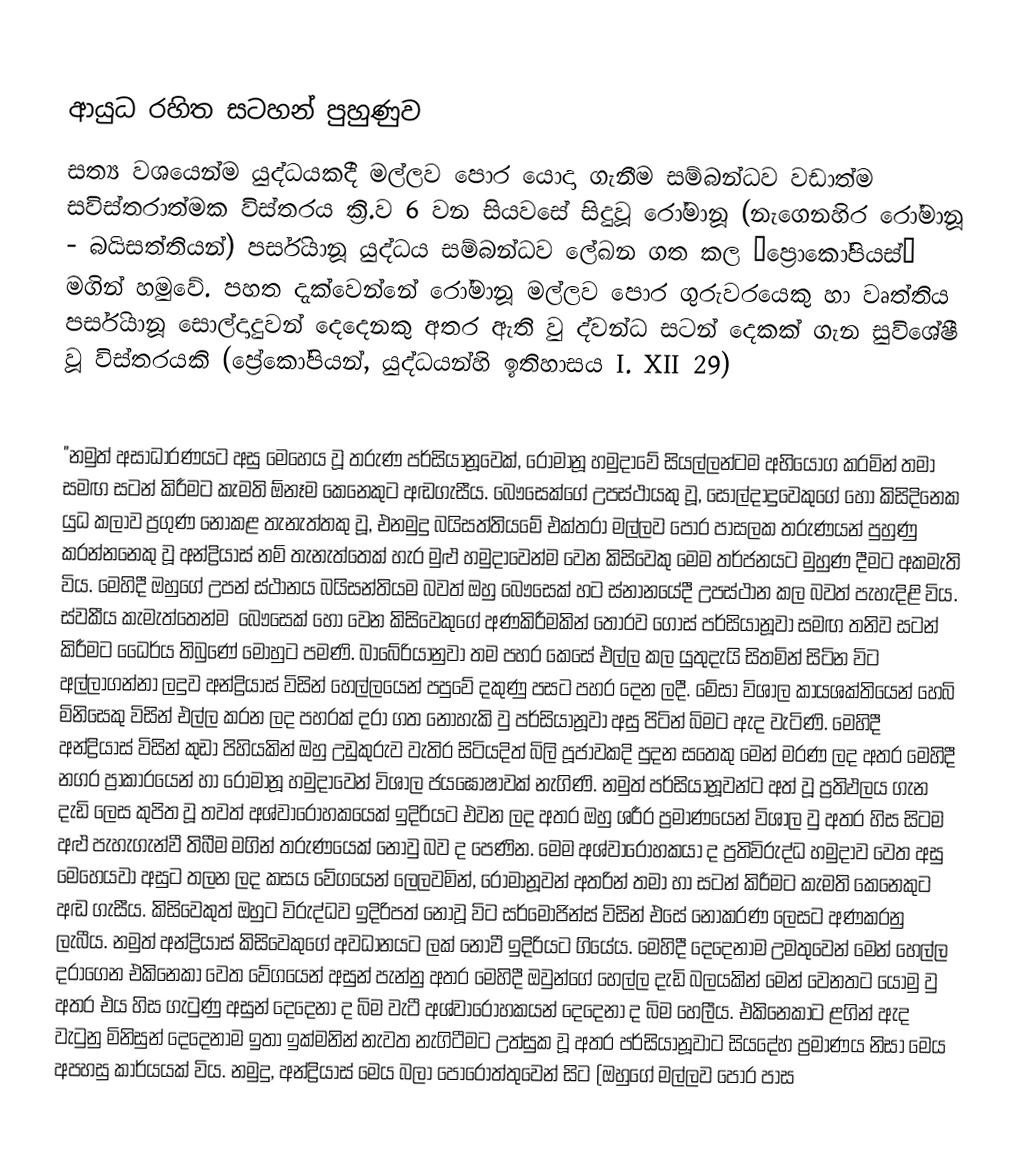

ආයුධ රහිත සටහන් පුහුණුව
සත්‍ය වශයෙන්ම යුද්ධයකදී මල්ලව පොර යොදා ගැනීම සම්බන්ධව වඩාත්ම සවිස්තරාත්මක විස්තරය ක්‍රි.ව 6 වන සියවසේ සිදුවූ රෝමානූ (නැගෙනහිර රෝමානූ - බයිසත්තියන්) පර්සියානූ යුද්ධය සම්බන්ධව ලේඛන ගත කල ‘ප්‍රොකෝපියස්’ මගින් හමුවේ. පහත දැක්වෙන්නේ රෝමානූ මල්ලව පොර ගුරුවරයෙකු හා වෘත්තිය ‍පර්සියානූ සොල්දාදුවන් දෙදෙනකු අතර ඇති වු ද්වන්ධ සටන් දෙකක් ගැන සුවිශේෂී වූ විස්තරයකි (ප්‍රේකෝපියන්, යුද්ධ‍යන්හි ඉතිහාසය I. XII 29)

"නමුත් අසාධාරණයට අසු මෙහෙය වූ තරුණ පර්සියානූවෙක්, රෝමානූ හමුදාවේ සියල්ලන්ටම අභියෝග කරමින් තමා සමඟ සටන් කිරීමට කැමති ඕනෑම කෙනෙකුට අඬගැසීය. බෞසෙක්ගේ උපස්ථායකු වූ, සොල්දාදුවෙකුගේ හෝ කිසිදිනෙක යුධ කලාව ප්‍රගුණ නොකළ තැනැත්තකු වූ, එනමුදු බයි‍සත්තිය‍මේ එක්තරා මල්ලව පොර පාසලක තරුණයන් පුහුණු කරන්නනෙකු වූ අන්ද්‍රියාස් නම් තැනැත්තෙක් හැර මුළු හමුදාවෙන්ම වෙන කිසිවෙකු මෙම තර්ජනයට මුහුණ දීමට අකමැති විය. මෙහිදී ඔහුගේ උපන් ස්ථානය බයිසන්තියම බවත් ඔහු බෞසෙක් හට ස්නානයේදී උපස්ථාන කල බවත් පැහැදිළි විය. ස්වකීය කැමැත්තෙන්ම ‍ බෞසෙක් හෝ වෙන කිසිවෙකුගේ අණකිරීමකින් තොරව ගොස් පර්සියානූවා සමඟ තනිව සටන් කිරීමට ධෛර්ය තිබුණේ මොහුට පමණි. බාබේරියානුවා තම පහර කෙසේ එල්ල කල යුතුදැයි සිතමින් සිටින විට අල්ලාගන්නා ලදුව අන්ද්‍රියාස් විසින් හෙල්‍ලයෙන් පපුවේ දකුණු පසට පහර දෙන ලදී. මේසා විශාල කායශක්තියෙන් හෙබි මිනිසෙකු විසින් එල්ල කරන ලද පහරක් දරා ගත නොහැකි වු පර්සියානූවා අසු පිටින් බිමට ඇද වැටිණි. මෙහිදී අන්ද්‍රියාස් විසින් කුඩා පිහියකින් ඔහු උඩුකුරුව වැතිර සිටියදිත් බිලි පූජාවකදි පුදන සතෙකු මෙන් මරණ ලද අතර මෙහිදී නගර ප්‍රාකාරයෙන් හා රෝමානූ හමුදාවෙන් විශාල ජයඝෝෂාවක් නැගිණි. නමුත් පර්සියානූවන්ට අත් වූ ප්‍රතිඵලය ගැන දැඩි ලෙස කුපිත වූ තවත් අශ්වාරෝහකයෙක් ඉදිරියට එවන ලද අතර ඔහු ශරීර ප්‍රමාණයෙන් විශාල වු අතර  හිස සිටම අළු පැහැගැන්වී තිබීම මගින් තරුණයෙක් නොවු බව ද පෙණින. මෙම අශ්වාරෝහකයා ද ප්‍රතිවිරුද්ධ හමුදාව වෙත අසු මෙහෙයවා අසුට තලන ලද කසය වේගයෙන් ලෙලවමින්,  රෝමානූවන්  අතරින් තමා හා සටන් කිරීමට කැමති කෙනෙකුට අඬ ගැසීය. කිසිවෙකුත් ඔහුට විරුද්ධව ඉදිරිපත් නොවූ විට සර්මෝජින්ස් විසින් එසේ නොකරණ ලෙසට අණකරනු ලැබීය. නමුත් අන්ද්‍රියාස් කිසි‍වෙකුගේ අවධානයට ලක් නොවී ඉදිරියට ගියේය. මෙහිදී දෙදෙනාම උමතුවෙන් මෙන් හෙල්ල දරාගෙන එකිනෙකා වෙත වේගයෙන් අසුන් පැන්නු අතර මෙහිදී ඔවුන්ගේ හෙල්ල දැඩි බලයකින් මෙන් වෙනතට යොමු වු අතර එය හිස ගැටුණු අසුන් දෙදෙනා ද බිම වැටී අශ්වාරෝහකයන් දෙදෙනා ද බිම හෙලීය. එකිනෙකාට ළගින් ඇද වැටුනු මිනිසුන් දෙදෙනාම ඉතා ඉක්මනින් නැවත නැගිටීමට උත්සුක වූ අතර පර්සියානූවාට සිය‍දේහ ප්‍රමාණය නිසා මෙය අපහසු කාර්යයක් විය. නමුදු, අන්ද්‍රියාස් මෙය බලා පොරොත්තුවෙන් සිට (ඔහුගේ මල්ලව පොර පාස